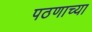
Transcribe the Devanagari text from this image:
पठणाच्या